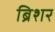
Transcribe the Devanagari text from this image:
ब्रिशर